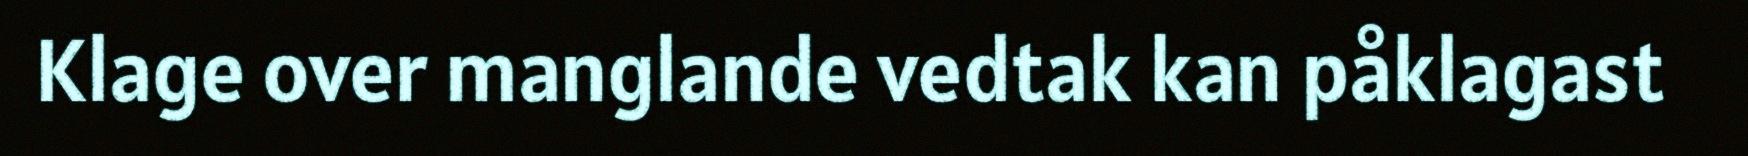
Klage over manglande vedtak kan påklagast